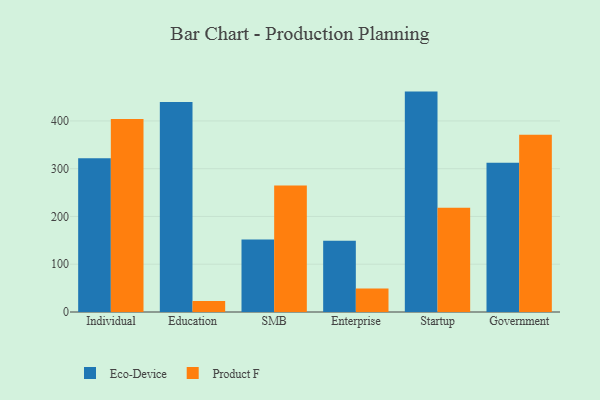
{"axis": {"x": "Segment", "y": "Production Output"}, "legend": ["Eco-Device", "Product F"], "data": [{"x": "Individual", "y": 322.0, "type": "Eco-Device"}, {"x": "Individual", "y": 404.0, "type": "Product F"}, {"x": "Education", "y": 439.7, "type": "Eco-Device"}, {"x": "Education", "y": 23.0, "type": "Product F"}, {"x": "SMB", "y": 152.0, "type": "Eco-Device"}, {"x": "SMB", "y": 264.7, "type": "Product F"}, {"x": "Enterprise", "y": 149.2, "type": "Eco-Device"}, {"x": "Enterprise", "y": 49.4, "type": "Product F"}, {"x": "Startup", "y": 461.4, "type": "Eco-Device"}, {"x": "Startup", "y": 218.4, "type": "Product F"}, {"x": "Government", "y": 312.2, "type": "Eco-Device"}, {"x": "Government", "y": 371.2, "type": "Product F"}]}